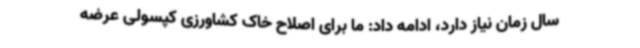
سال زمان نیاز دارد، ادامه داد: ما برای اصلاح خاک کشاورزی کپسولی عرضه